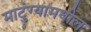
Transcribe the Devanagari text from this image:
माटुंग्यामधील